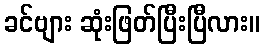
ခင်ဗျား ဆုံးဖြတ်ပြီးပြီလား။